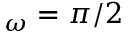
_ { \omega } = \pi / 2